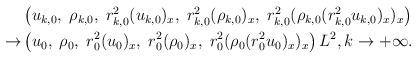
LaTeX: \begin{align*}\begin{aligned}&\left(u_{k,0},\;\rho_{k,0},\;r_{k,0}^2(u_{k,0})_x,\;r^2_{k,0}(\rho_{k,0})_x,\;r_{k,0}^2(\rho_{k,0}(r^2_{k,0}u_{k,0})_x)_x\right)\\ \rightarrow &\left(u_0,\;\rho_0,\;r_0^2(u_0)_x,\;r_0^2(\rho_0)_x,\;r_0^2(\rho_0(r_0^2u_0)_x)_x\right)L^2,k\rightarrow+\infty.\end{aligned}\end{align*}